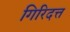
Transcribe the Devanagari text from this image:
गिरिदत्त